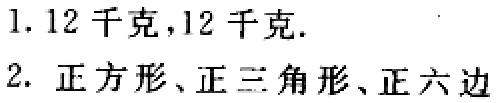
1. $12$千克，$12$千克.

2. 正方形、正三角形、正六边